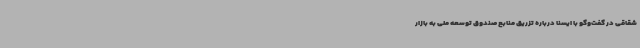
شقاقی در گفت‌وگو با ایسنا درباره تزریق منابع صندوق توسعه ملی به بازار